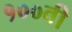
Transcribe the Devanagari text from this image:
१००वी